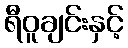
ရီဝူချင်းနှင့်